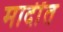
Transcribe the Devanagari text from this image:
मादींत